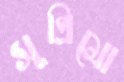
সুপ্রিমো